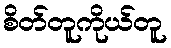
စိတ်တူကိုယ်တူ